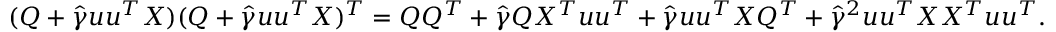
\begin{array} { r l } & { ( Q + \widehat \gamma { \boldsymbol u } { \boldsymbol u } ^ { T } X ) ( Q + \widehat \gamma { \boldsymbol u } { \boldsymbol u } ^ { T } X ) ^ { T } = Q Q ^ { T } + \widehat \gamma Q X ^ { T } { \boldsymbol u } { \boldsymbol u } ^ { T } + \widehat \gamma { \boldsymbol u } { \boldsymbol u } ^ { T } X Q ^ { T } + \widehat \gamma ^ { 2 } { \boldsymbol u } { \boldsymbol u } ^ { T } X X ^ { T } { \boldsymbol u } { \boldsymbol u } ^ { T } . } \end{array}